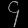
Digit: ၄